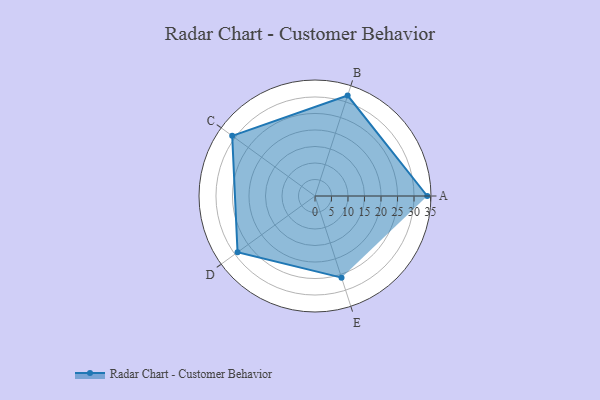
{"axis": {"x": "Skill", "y": "Score"}, "legend": ["Profile"], "data": [{"x": "A", "y": 34.0, "type": "Profile"}, {"x": "B", "y": 32.0, "type": "Profile"}, {"x": "C", "y": 31.0, "type": "Profile"}, {"x": "D", "y": 29.0, "type": "Profile"}, {"x": "E", "y": 26.0, "type": "Profile"}]}